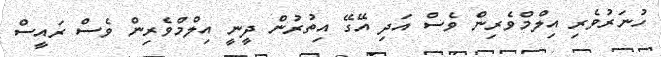
ހުނަރުވެރި އިލްމްވެރިން ވެސް އަދި އޭގޭ އިތުރުން ދީނީ އިލްމްވެރިން ވެސް ރައީސް